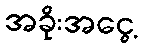
အခိုးအငွေ့